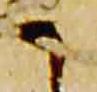
候